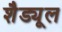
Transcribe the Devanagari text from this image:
शैड्यूल